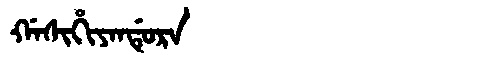
Manchu: ᡤᠠᠰᡳᡥᡳᠶᠠᠨᡩᡠᡵᠠ
Romanization: GASIHIYANDURA